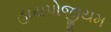
હાયપોજીયમ